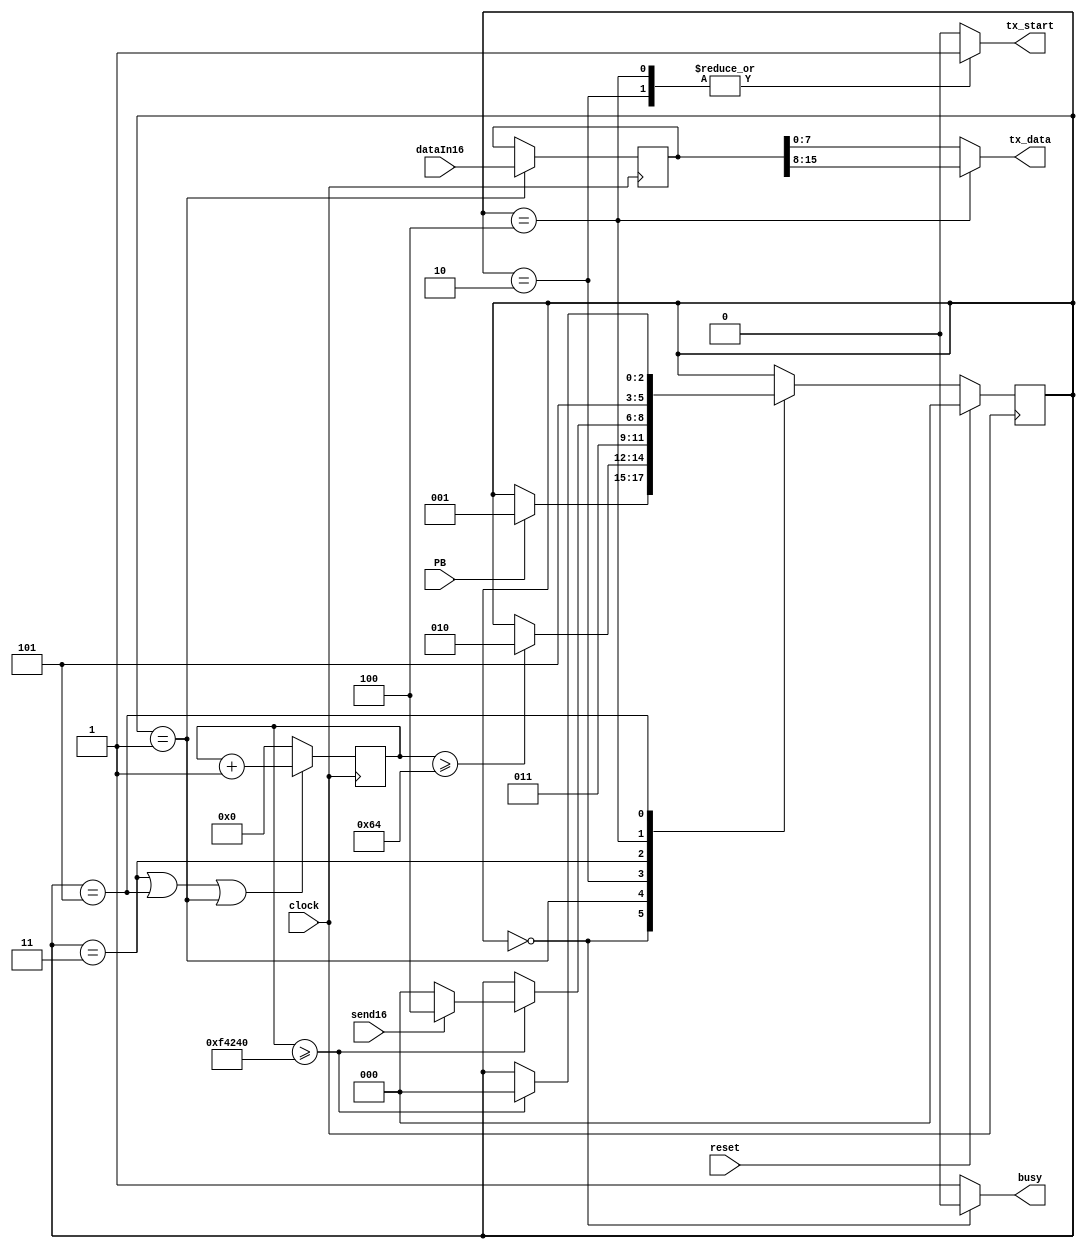
module TX_control
#(	parameter INTER_BYTE_DELAY = 1000000,   
	parameter WAIT_FOR_REGISTER_DELAY = 100 
)(
	input clock,
	input reset,
	input PB,                  
	input send16,              
	input [15:0] dataIn16,     
	output reg [7:0] tx_data,  
	output reg tx_start,       
	output reg busy            
    );
    reg [2:0]   next_state, state; 
    reg [15:0]  tx_data16;
    reg [31:0]  hold_state_timer;
    localparam IDLE 				= 3'd0;  
    localparam REGISTER_DATAIN16 	= 3'd1;  
    localparam SEND_BYTE_0 			= 3'd2;  
    localparam DELAY_BYTE_0 		= 3'd3;  
    localparam SEND_BYTE_1 			= 3'd4;  
    localparam DELAY_BYTE_1 		= 3'd5;	 
    always@(*) begin
        next_state = state;
		busy = 1'b1;
		tx_start = 1'b0;
		tx_data = tx_data16[7:0];
    	case (state)
    		IDLE: 	begin
						busy = 1'b0;
						if(PB) begin
							next_state=REGISTER_DATAIN16;
						end
					end
			REGISTER_DATAIN16:  begin
			                         if(hold_state_timer >= WAIT_FOR_REGISTER_DELAY)
				                        next_state=SEND_BYTE_0;				
					               end
            SEND_BYTE_0:	begin
								next_state = DELAY_BYTE_0;
								tx_start = 1'b1;
							end
            DELAY_BYTE_0: 	begin
								if(hold_state_timer >= INTER_BYTE_DELAY) begin
									if (send16)
										next_state = SEND_BYTE_1;
									else
										next_state = IDLE;
								end
							end
            SEND_BYTE_1: begin
                        tx_data = tx_data16[15:8];
						next_state = DELAY_BYTE_1;
						tx_start = 1'b1;
					end
			DELAY_BYTE_1: begin
						if(hold_state_timer >= INTER_BYTE_DELAY)
							next_state = IDLE;
					end	
    	endcase
    end	
    always@(posedge clock) begin
    	if(reset)
    		state <= IDLE;
    	else
    		state <= next_state;
	end
	always@ (posedge clock) begin
		if(state == REGISTER_DATAIN16)
			tx_data16 <= dataIn16;
	end
	always@(posedge clock) begin
    	if(state == DELAY_BYTE_0 || state == DELAY_BYTE_1 || state == REGISTER_DATAIN16) begin
    		hold_state_timer <= hold_state_timer + 1;
    	end else begin
    		hold_state_timer <= 0;
    	end
	end
endmodule